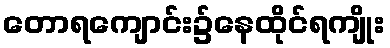
တောရကျောင်း၌နေထိုင်ရကျိုး